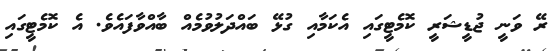
ރޭ ވަނީ ޖުޑީޝަރީ ކޮމެޓީގައި އެކަމާއި ގުޅޭ ބައްދަލުވުމެއް ބާއްވާފައެވެ. އެ ކޮމެޓީގައި